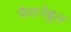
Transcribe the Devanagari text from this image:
फैशनेबुल